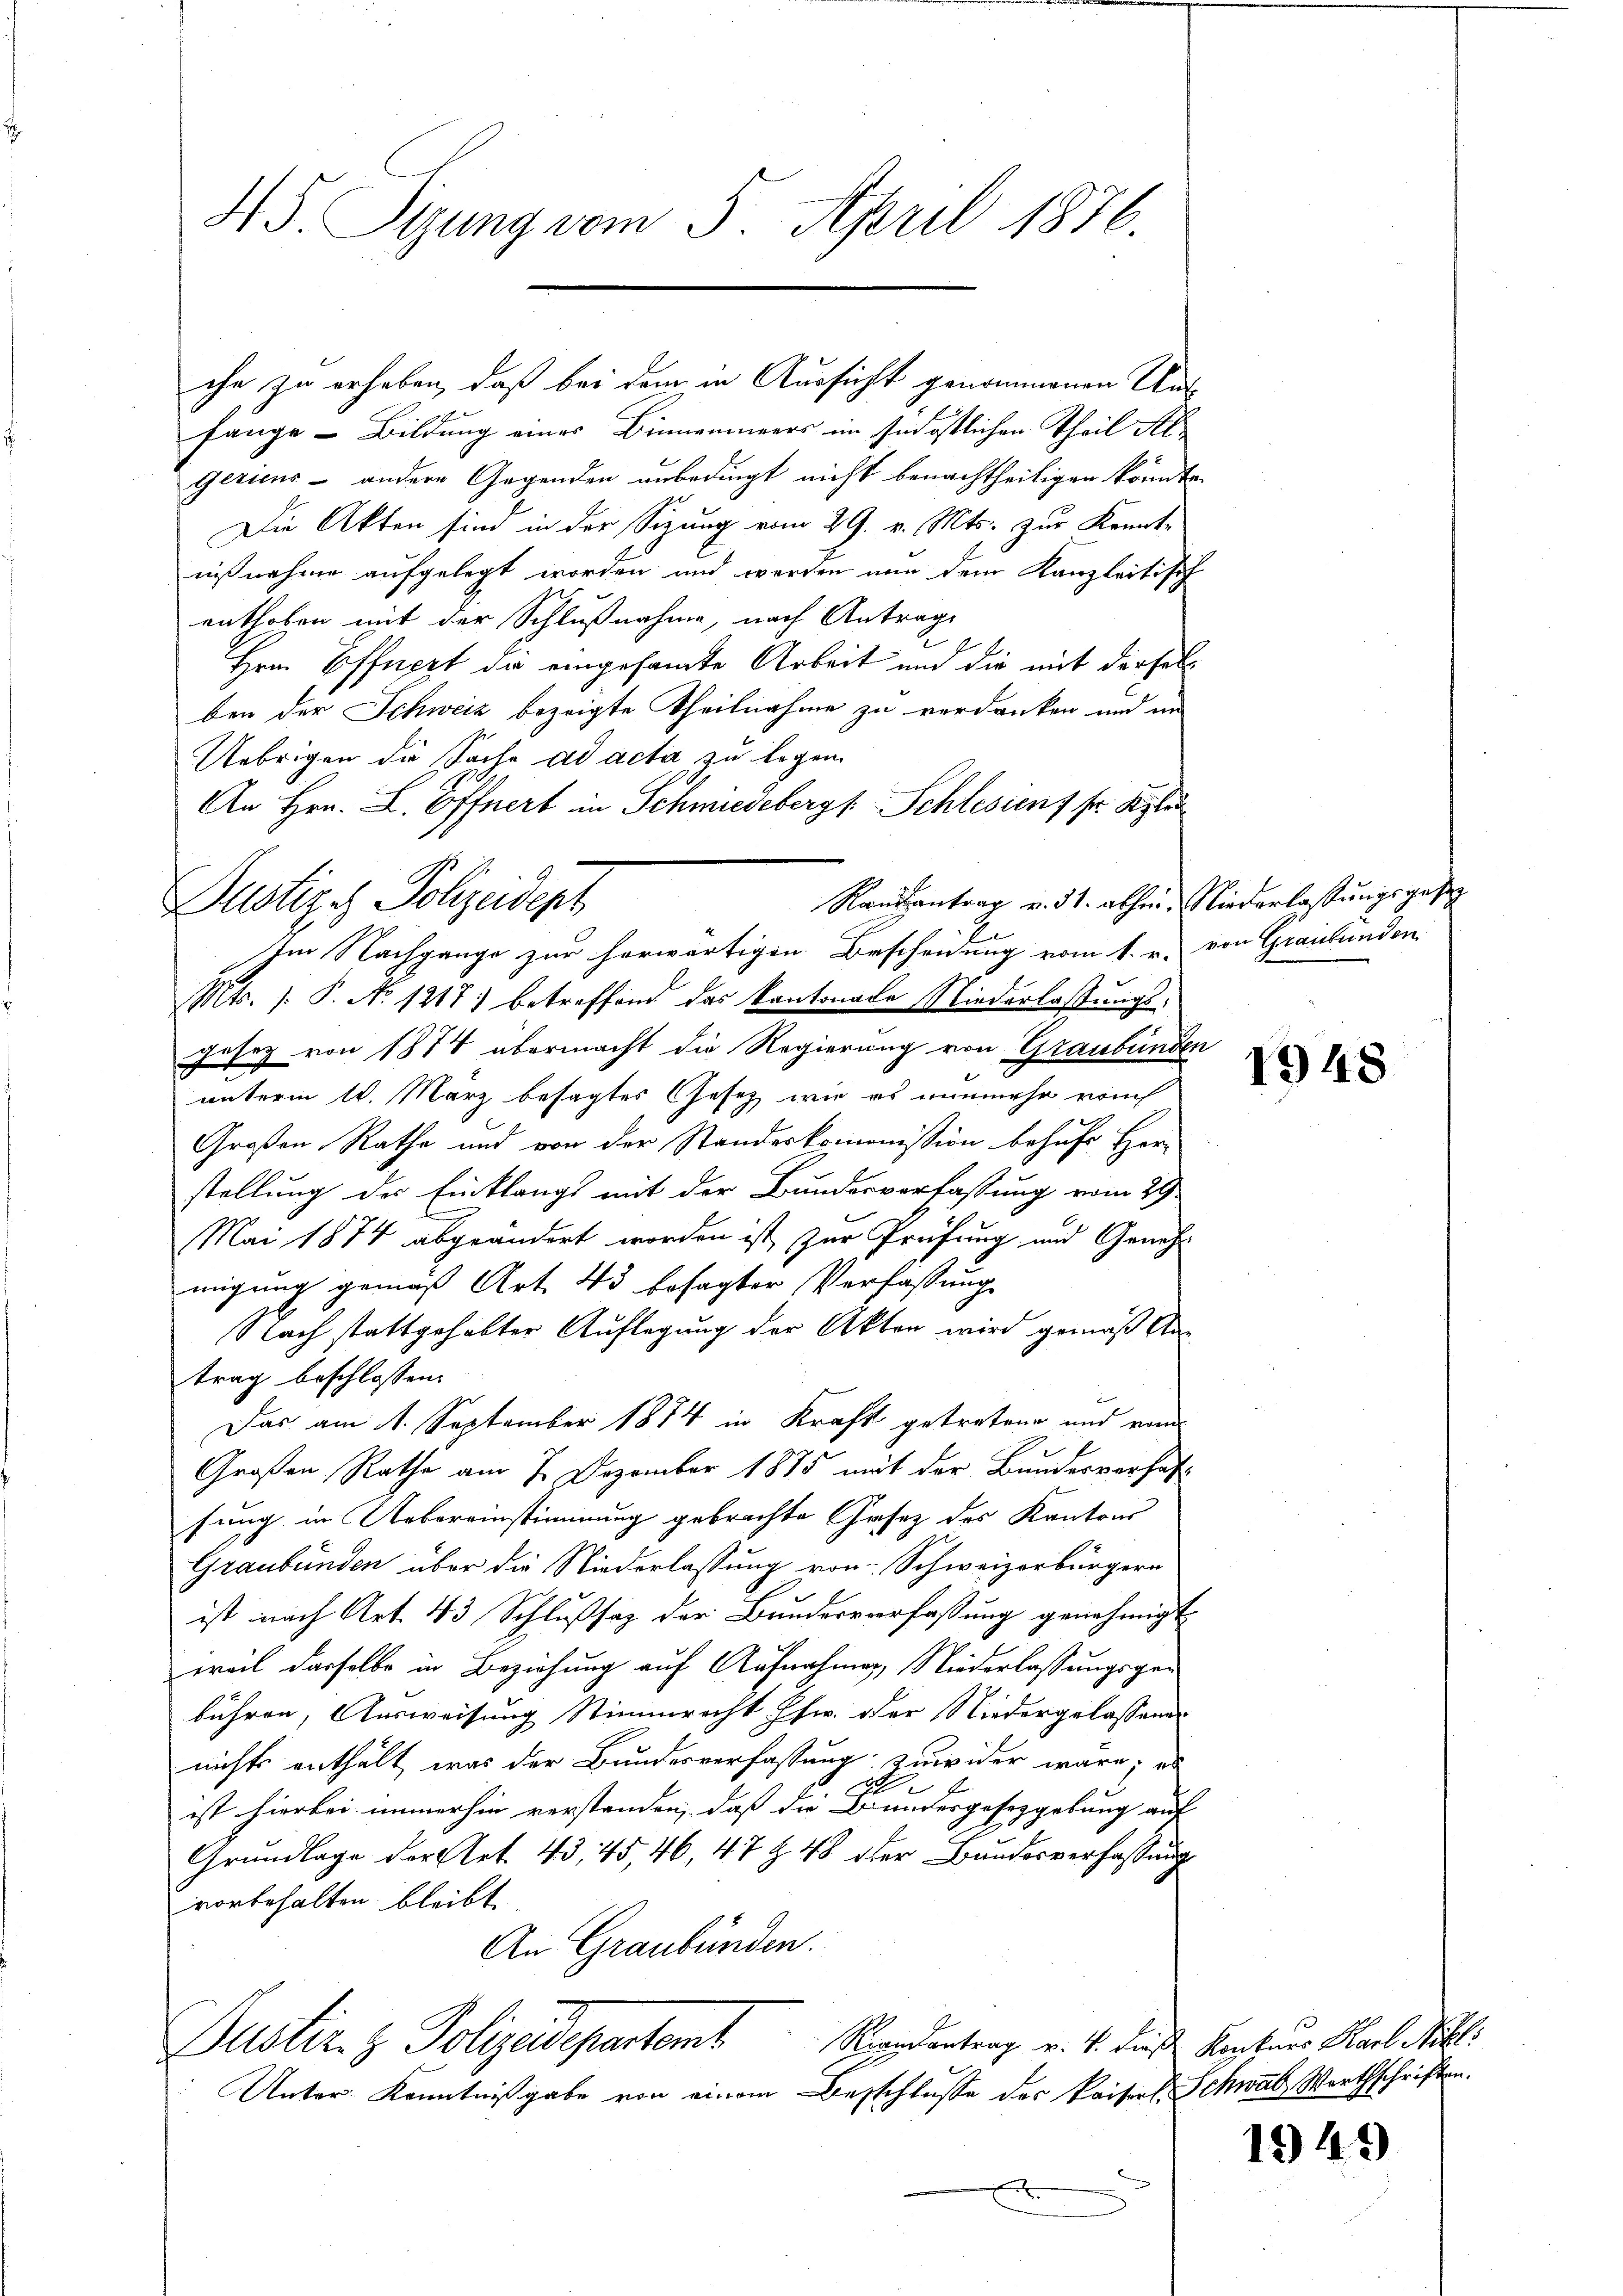
4. Sizung vom 5. April 1876.

fange - Bildung eines Binnenmeers im südöstlichen Theil Algeriens – andere Gegenden unbedingt nicht benachtheiligen könnte,
Die Akten sind in der Sitzung vom 29. v. Mts. zur Konnte
nißnahme aufgelegt worden und werden nun dem Kanzleitisch
enthoben mit der Schlußnahme, nach Antrage
Hrn. Öffnert die eingesandte Arbeit und die mit derselb
ben der Schweiz bezeigte Theilnahme zu verdanken und an
Uebrigen die Sache ad acta zu legen.
An Hrn. L. Öffnert in Schmiedebergs Schlesien fr. Spi
Randantrag v. 31. abhin Niederlassungsgesp
Nts. (: P. No. 1217. betreffend das kantonale Niederlassungs¬
Jesez von 1874 übermacht die Regierung von Graubünden
unterm 10. März besagtes Gesetz wie es nunmehr von
Großen Rathe und von der Standeskommission behufs Herstellung des Einklangs mit der Bundesverfassung vom 29
Mai 1874 abgeändert worden ist zur Prüfung und Genehmigung gemäß Art. 43 besagter Verfassung
Nach stattgehabter Auflegung der Akten wird gemäß An
trag beschlossen:
Das am 1. September 1874 in Kraft getretene und vom
Großen Rathe am 7. Dezember 1885 mit der Bundesverhalfung in Uebereinstimmung gebrachte Gesetz des Kantons
Graubünden über die Niederlassung von Schweizerbürgern
ist nach Art. 43 Schlußsaz der Bunderverfassung genehmigt
weil dasselbe in Beziehung auf Aufnahmen, Niederlassungsgebühren, Ausweisung Stimmrecht schw. der Niedergelassenge
nicht enthält, was der Bundesverfassung zuwider wäre; es
ist hierbei immerhin verstanden, daß die Bundesgesetzgebung auf
Grundlage der Art. 43, 45, 46, 47 Z. 48 der Bundesverfassung
vorbehalten bleibt
An Graubünden.
Randantrag v. 4. dieß Konkner Karl Nikl.
Justiz- & Polizeidepartamt
Unter Kenntnißgabe von einem Beschlusse des Kaiserl. Schwab Worthschriften.
x

Justiz & Polizeident
Im Nachgange zur herwärtigen Bescheidung vom 1. r. von Graubünden

che zu erheben, daß bei dem in Aussicht genommenen Un¬

1948

1949